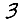
Digit: 3